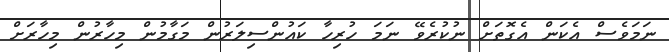
ނަމަވެސް އެކަން އެގޮތަށް ނުކުރެވޭ ނަމަ ހުރިހާ ކައުންސިލަރުން މަގާމުން މިހާރުން މިހާރަށް